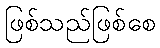
ဖြစ်သည်ဖြစ်စေ